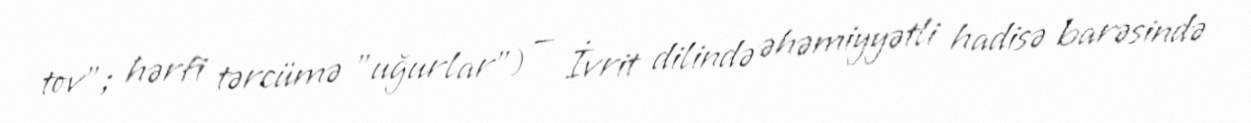
tov"; hərfi tərcümə "uğurlar") — İvrit dilində əhəmiyyətli hadisə barəsində